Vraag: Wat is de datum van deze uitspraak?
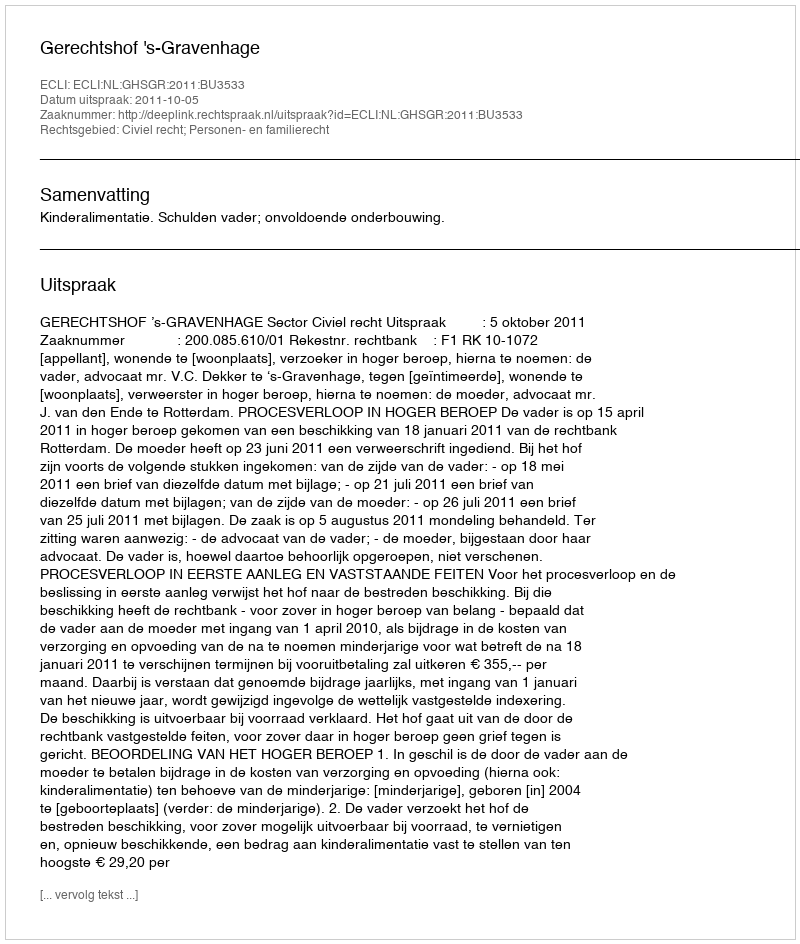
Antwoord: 2011-10-05